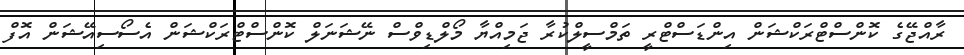
ރާއްޖޭގެ ކޮންސްޓްރަކްޝަން އިންޑަސްޓްރީ ތަމްސީލްކުރާ ޖަމިއްޔާ މޯލްޑިވްސް ނޭޝަނަލް ކޮންސްޓްރަކްޝަން އެސޯސިއޭޝަން އޮފް